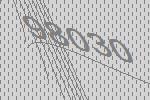
98030